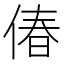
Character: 偆